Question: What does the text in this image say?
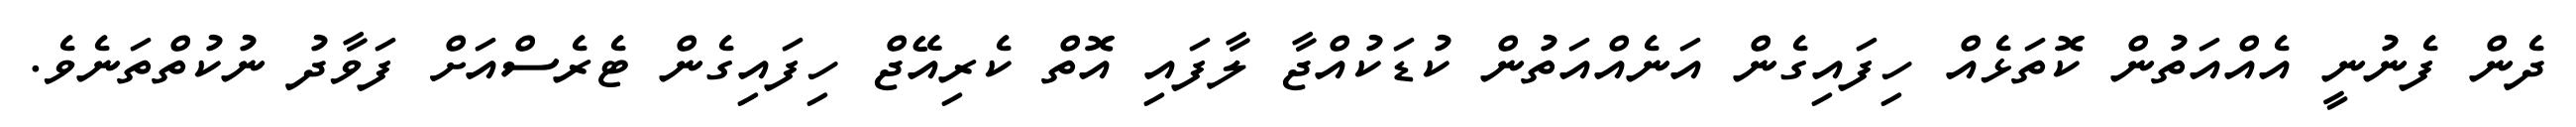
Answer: ދެން ފެނުނީ އެއްއަތުން ކޮތަޅެއް ހިފައިގެން އަނެއްއަތުން ކުޑަކުއްޖާ ލާފައި އޮތް ކެރިއޭޖް ހިފައިގެން ޓެރެސްއަށް ފަވާދު ނުކުތްތަނެވެ.